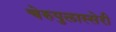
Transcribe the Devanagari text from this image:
चेरुपुलास्सेरी